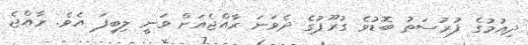
ދިއުމުގެ ފުރުސަތު ބޮޑުވެ ގުރޫޕުގެ ދެވަނަ ރާއްޖެއަށް ވަނީ ލިބިފަ އެވެ. ރާއްޖެ